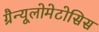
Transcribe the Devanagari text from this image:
ग्रैन्यूलोमेटोसिस